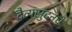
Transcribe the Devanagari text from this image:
दैत्यसुदनेचे